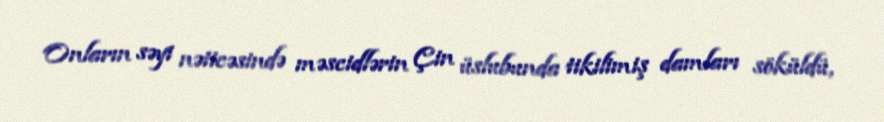
Onların səyi nəticəsində məscidlərin Çin üslubunda tikilimiş damları söküldü,